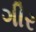
ગીર